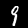
Label: 9